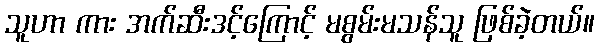
သူဟာ ကား အက်ဆီးဒင့်ကြောင့် မစွမ်းမသန်သူ ဖြစ်ခဲ့တယ်။